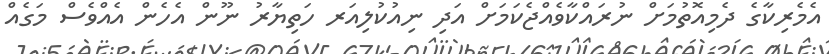
އެމެރިކާގެ ދެމިއޮތުމަށް ނުރައްކާވެއްޖެކަމަށް އަދި ނިއުކުލިއަރ ހަތިޔާރު ނޫން އެހެން އެއްވެސް މަގެއް